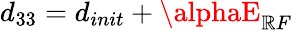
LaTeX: d_{33}=d_{init}+\alphaE_{\mathbb{R}F}